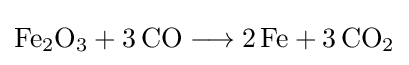
{\mathrm {Fe} {\vphantom {A}}_{\smash[{t}]{2}}\mathrm {O} {\vphantom {A}}_{\smash[{t}]{3}}{}+{}3\,\mathrm {CO} {}\mathrel {\longrightarrow } {}2\,\mathrm {Fe} {}+{}3\,\mathrm {CO} {\vphantom {A}}_{\smash[{t}]{2}}}